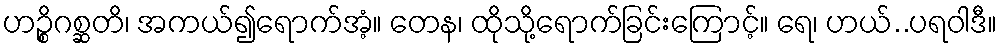
ဟဉ္စိဂစ္ဆတိ၊ အကယ်၍ရောက်အံ့။ တေန၊ ထိုသို့ရောက်ခြင်းကြောင့်။ ရေ၊ ဟယ်..ပရဝါဒီ။